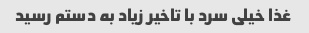
غذا خیلی سرد با تاخیر زیاد به دستم رسید